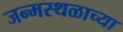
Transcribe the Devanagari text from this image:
जन्मस्थळाच्या